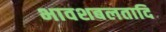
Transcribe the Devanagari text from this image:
भावशबलतादि